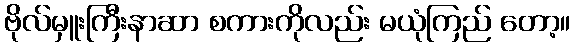
ဗိုလ်မှူးကြီးနာဆာ စကားကိုလည်း မယုံကြည် တော့။